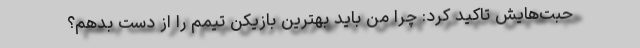
حبت‌هایش تاکید کرد: چرا من باید بهترین بازیکن تیمم را از دست بدهم؟